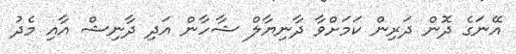
އޭނަގެ ދޮން ދަރިން ކަމަށްވާ ދާނިޔާލް ޝާހާން އަދި ދާނިޝް އާއި މެދު